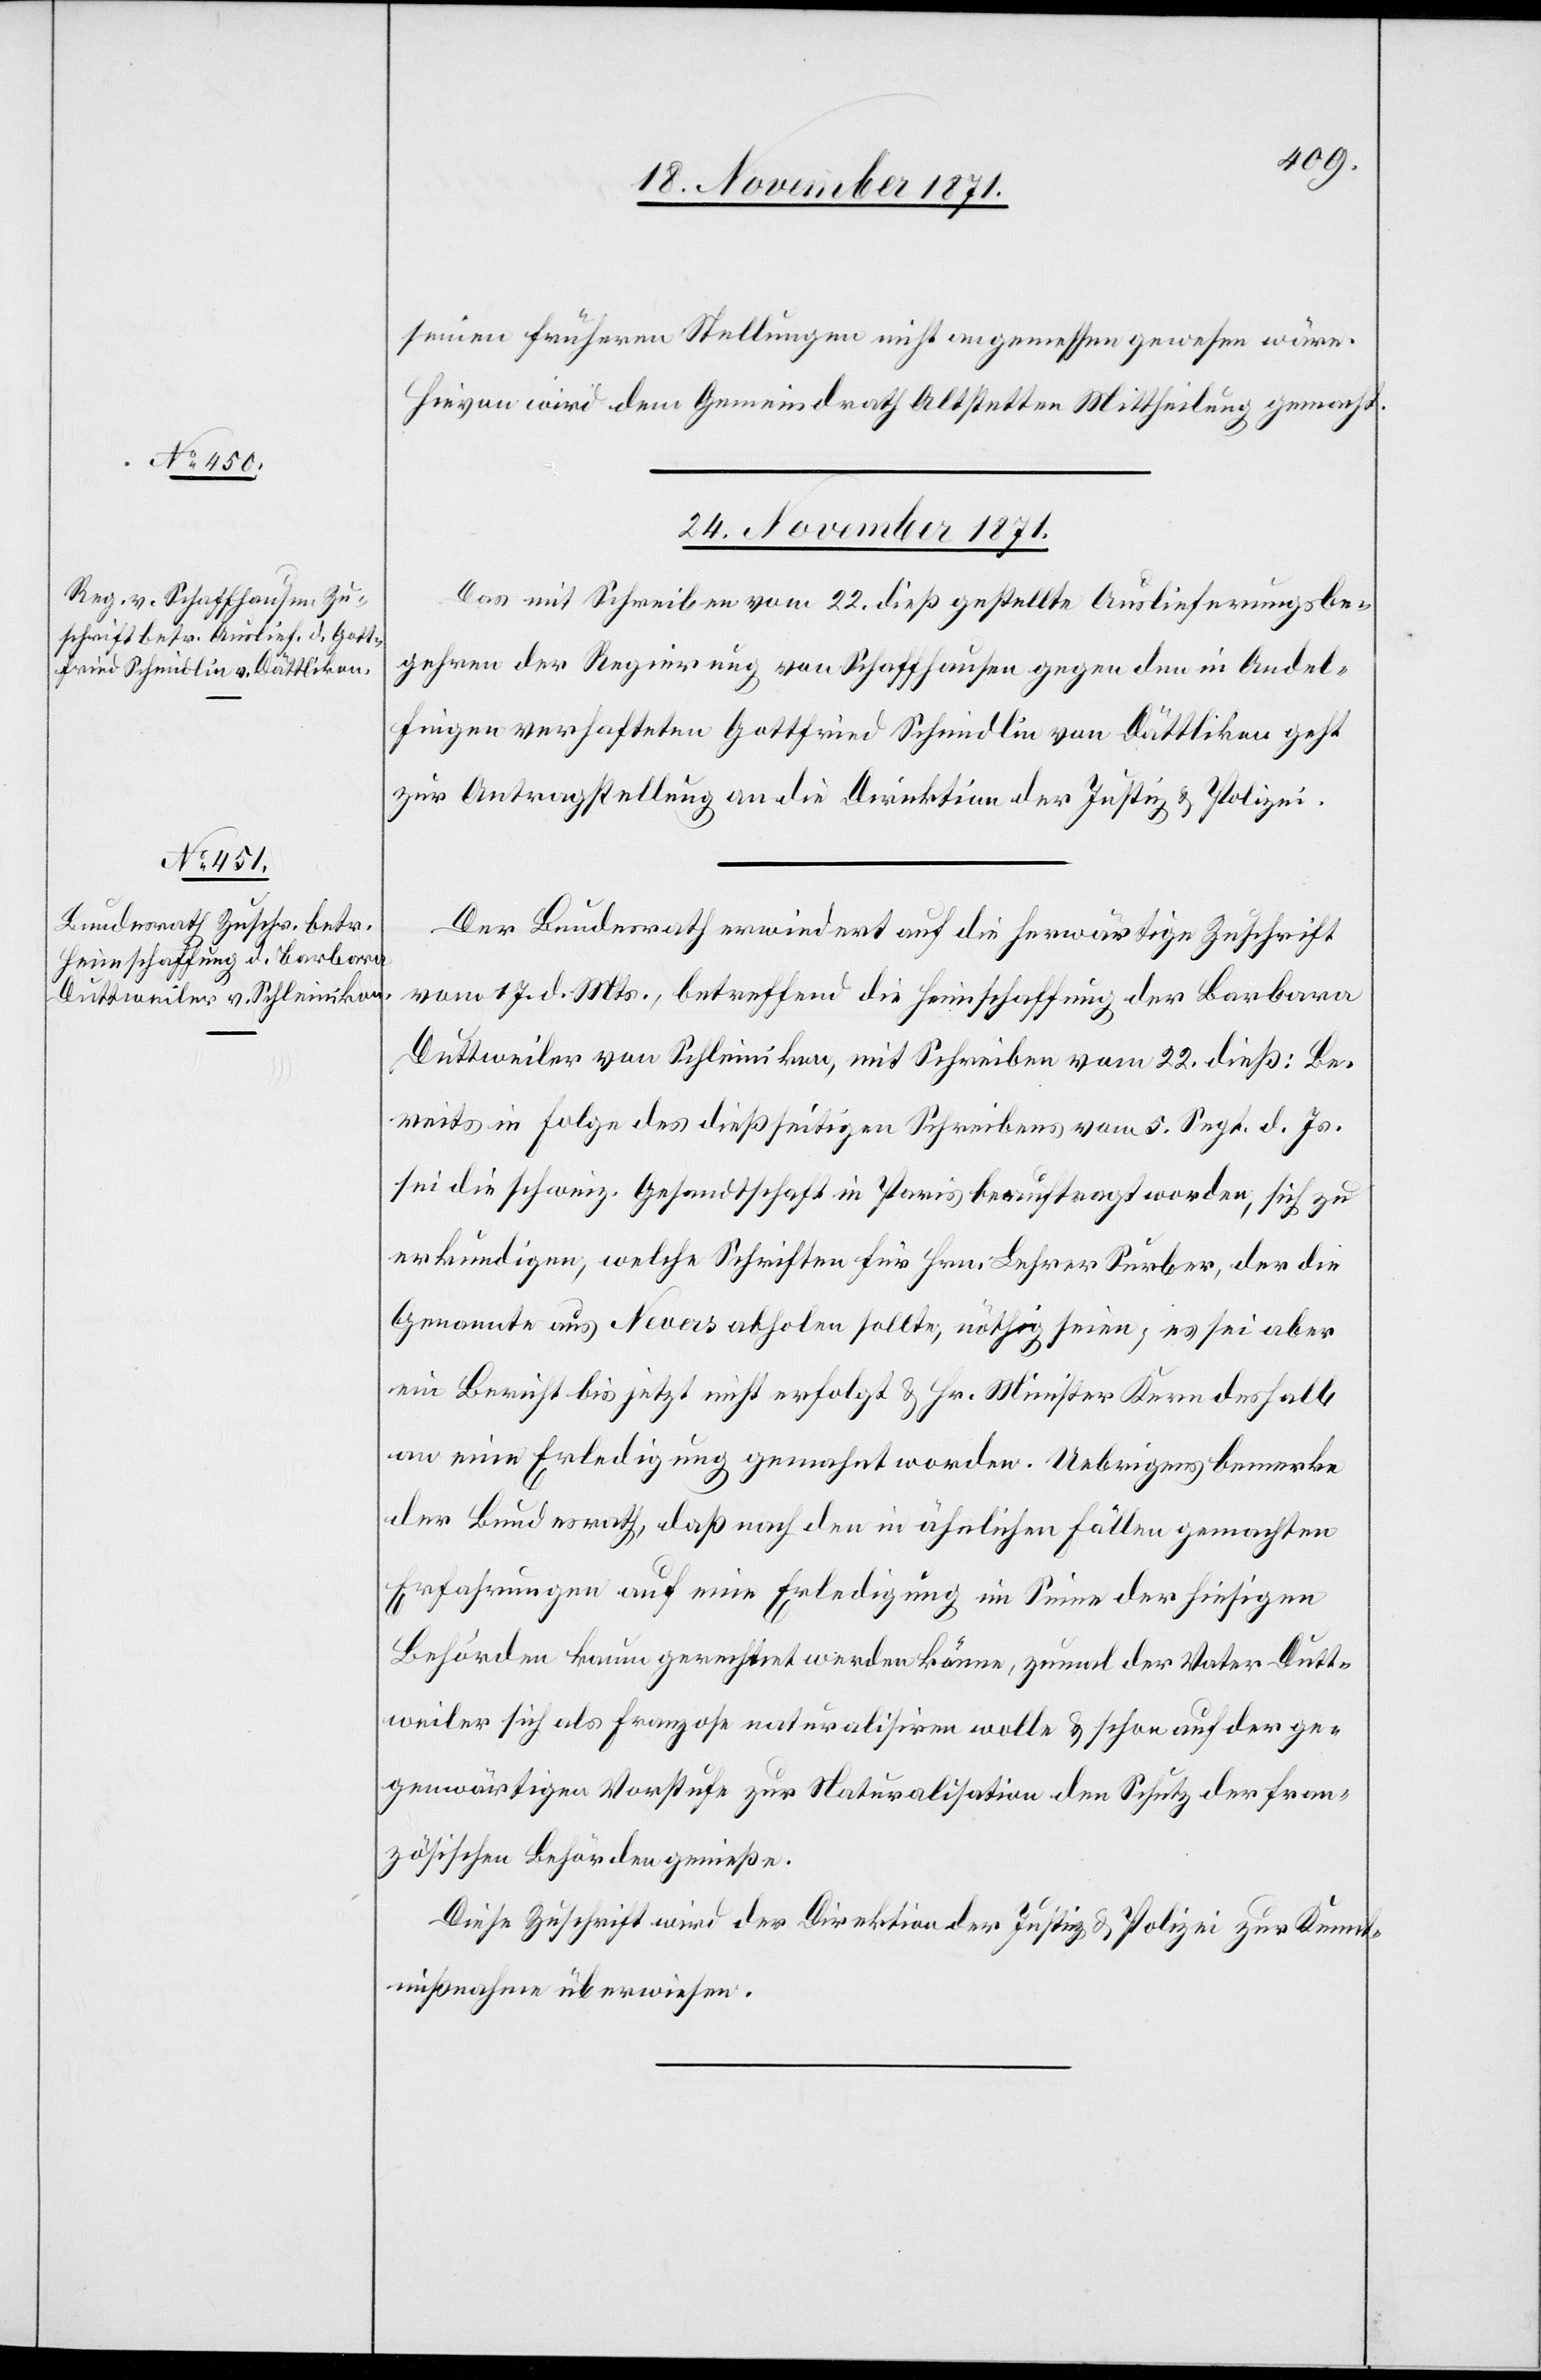
seinen frühern Stellungen nicht angemessen gewesen wäre.
Hievon wird dem Gemeindrath Altstetten Mittheilung gemacht.
24. November 1871.]
Das mit Schreiben vom 22. dieß gestellte Auslieferungsbe¬
gehren der Regierung von Schaffhausen gegen den in Andel¬
fingen verhafteten Gottfried Schmidlin von Dättlikon geht
zur Antragstellung an die Direktion der Justiz & Polizei.
Der Bundesrath erwiedert auf die herwärtige Zuschrift
vom 17. d. Mts., betreffend die Heimschaffung der Barbara
Duttweiler von Schleinikon, mit Schreiben vom 22. dieß: Be¬
reits in Folge des dießseitigen Schreibens vom 5. Sept. d. Js.
sei die schweiz. Gesandtschaft in Paris beauftragt worden, sich zu
erkundigen, welche Schriften für Hrn. Lehrer Surber, der die
Genannte aus Nevers abholen sollte, nöthig seien, es sei aber
ein Bericht bis jetzt nicht erfolgt & Hr. Minister Kern deshalb
an eine Erleidigung gemahnt worden. Uebrigens bemerke
der Bundesrath, daß nach den in ähnlichen Fällen gemachten
Erfahrungen auf eine Erledigung im Sinne der hiesigen
Behörden kaum gerechnet werden könne, zumal der Vater Dutt¬
weiler sich als Franzose naturalisiren wolle &schon auf der ge¬
genwärtigen Vorstufe zur Naturalisation den Schutz der fran¬
zösischen Behörden genieße.
Diese Zuschrift wird der Direktion der Justiz & Polizei zur Kennt¬
nißnahme überwiesen.